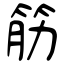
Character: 筋